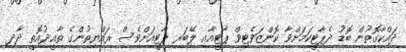
ދައްކާގޮތުން ބޮޑު ދެޕާޓީކަމަށްވާ ކޮންޒަވެޓިވް ޕާޓީއާއި ލޭބަރ ޕާޓީއަށްވެސް ރައްޔިތުންގެ ތާއީދުއޮތީ ދާދި